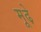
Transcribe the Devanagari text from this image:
मूढे़